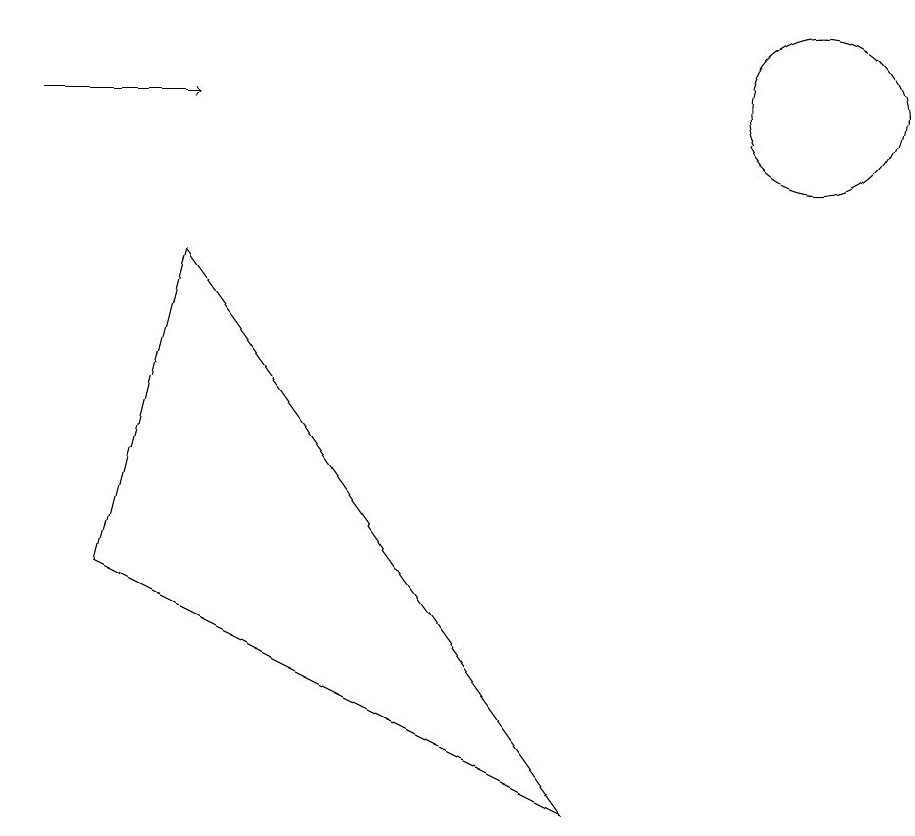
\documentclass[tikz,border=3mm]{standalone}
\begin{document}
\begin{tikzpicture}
\draw[->] (0,10) -- (2,10);
\draw (10,10) circle (1);
\draw (2,8) -- (1,4) -- (7,1) -- cycle;
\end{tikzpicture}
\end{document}